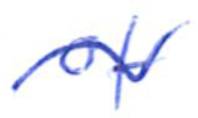
Text: of
Cross-out: wave
Writing tool: ballpoint